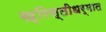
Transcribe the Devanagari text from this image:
ख्रिस्तीधर्मात